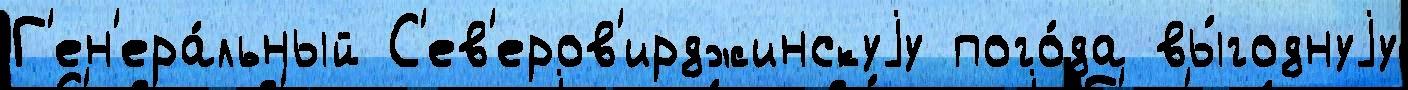
Г'ен'ера́льный С'ев'еров'ирджинскуjу пого́да вы́годнуjу